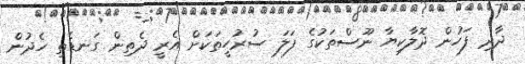
ދާދި ފަހުން ދޮލާކިޔާ ނޫސްތަކުގެ ފަލަ ސުރުހީތަކަށް އެރީ ދެތިން ގަނޑެތި ހެދުން